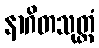
နာဂိတသုတ္တံ